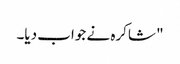
" شاکرہ نے جواب دیا۔